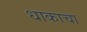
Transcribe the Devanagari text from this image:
धाकाचा